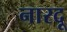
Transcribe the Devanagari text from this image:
नारदू